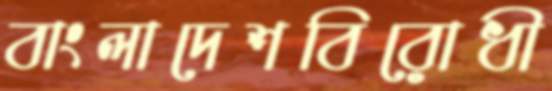
বাংলাদেশবিরোধী